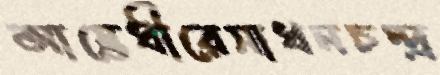
আস্তেধীরেসাধনচন্দ্র